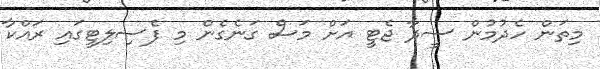
މިތަން ހެދުމުން ސީދާ ޖެޓީ އަށް މަސް ގަނެގެން މި ފެސިލިޓީގައި ރައްކާ